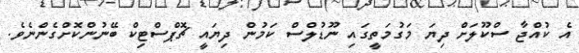
އެ ކުއްޖާ ސްކޫލަށް ދިޔަ މަގުމަތީގައި ނޫޑުލްސް ކަމުން ދިޔައީ ޗޮޕްސްޓިކް ބޭނުންކޮށްގެންނެވެ.